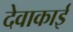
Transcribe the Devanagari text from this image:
देवाकाई